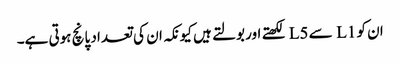
ان کو L1 سے L5 لکھتے اور بولتے ہیں کیونکہ ان کی تعداد پانچ ہوتی ہے۔